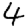
Digit: 4